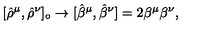
[ { \hat { \rho } } ^ { \mu } , { \hat { \rho } } ^ { \nu } ] _ { \circ } \rightarrow [ { \hat { \beta } } ^ { \mu } , { \hat { \beta } } ^ { \nu } ] = 2 \beta ^ { \mu } \beta ^ { \nu } ,